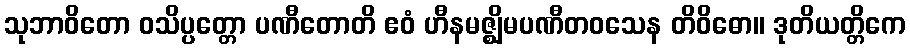
သုဘာဝိတော ဝသိပ္ပတ္တော ပဏီတောတိ ဧဝံ ဟီနမဇ္ဈိမပဏီတဝသေန တိဝိဓော။ ဒုတိယတ္တိကေ